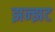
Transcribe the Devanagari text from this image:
झन्झट